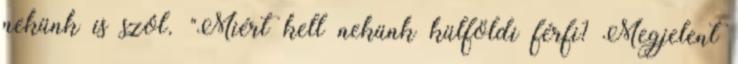
nekünk is szól. "Miért kell nekünk külföldi férfi? Megjelent